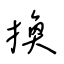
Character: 換